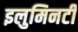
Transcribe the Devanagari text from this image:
इलुमिनटी